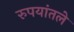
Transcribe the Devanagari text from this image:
रुपयांतले